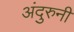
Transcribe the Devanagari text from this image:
अंदुरुनी